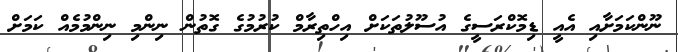
ނޫންކަމަށާއި އެއީ ޑިމޮކްރަސީގެ އުސޫލުތަކަށް އިހްތިރާމް ކުރުމުގެ ގޮތުން ނިންމި ނިންމުމެއް ކަމަށް